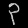
Digit: ၃